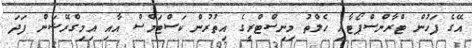
އޭގެ ފަހުން ޓްރާންސްޕޯޓާއި ހެލްތު މިނިސްޓްރީގެ އިތުރުން ކަސްޓަމްސް އާއި އިމިގްރޭޝަން ފަދަ